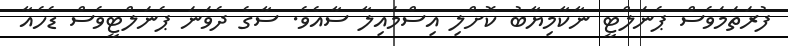
ފުރަތަމަވެސް ޕެނަލްޓީ ނާކާމިޔާބު ކޮށްލި އިސްމައިލާ ސާއެވެ. ސާގެ ދެވަނަ ޕެނަލްޓީވެސް ޑެހެއާ